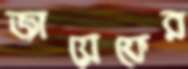
জায়েফের